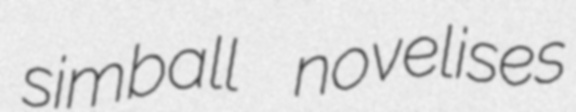
simball novelises